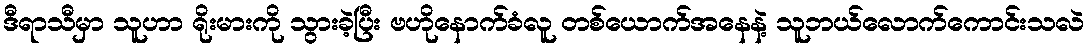
ဒီရာသီမှာ သူဟာ ရိုးမားကို သွားခဲ့ပြီး ဗဟိုနောက်ခံလူ တစ်ယောက်အနေနဲ့ သူဘယ်လောက်ကောင်းသလဲ